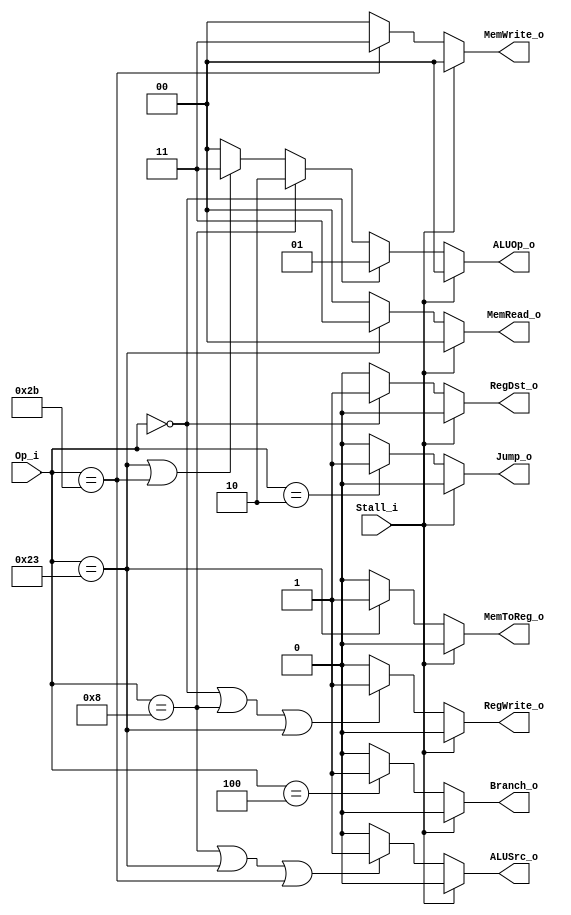
// Operation code for ALU_Control from Control Unit
`define INST_RTYPE  2'd1  // R-type
`define INST_ADDI   2'd2  // addi
`define INST_MEM    2'd3  // lw or sw         => ALU do adding
`define INST_REST   2'd0  // J-type or bubble => ALU do nothing

// Access code for data memory reading and writing from Control Unit
`define DMEM_NOAC   2'd0  // no access (NO ACcess)
`define DMEM_BYTE   2'd1  // byte access
`define DMEM_HALF   2'd2  // half word access
`define DMEM_WORD   2'd3  // word access

// Operation code for ALU_Control from Control Unit
`define OP_RTYPE	6'b000000
`define OP_ADDI		6'b001000
`define OP_LW		6'b100011
`define OP_SW		6'b101011
`define OP_BRANCH	6'b000100
`define OP_JUMP		6'b000010

module Control
(
	Op_i,
	Stall_i,
	Jump_o,
	Branch_o,
	RegWrite_o,
	MemToReg_o,
	MemRead_o,
	MemWrite_o,
	ALUOp_o,
	ALUSrc_o,
	RegDst_o
);

//Ports
input	[5:0]	Op_i;
input		Stall_i;
output		Jump_o;
output		Branch_o;
output		RegWrite_o;
output		MemToReg_o;
output	[1:0]	MemRead_o;
output	[1:0]	MemWrite_o;
output	[1:0]	ALUOp_o;
output		ALUSrc_o;
output		RegDst_o;

//if Stall, output nop(all zero)

assign Jump_o = (Stall_i == 1'b1) ? 1'b0: 
		(Op_i == `OP_JUMP) ? 1'b1 : 1'b0;

assign Branch_o = (Stall_i == 1'b1) ? 1'b0: 
		  (Op_i == `OP_BRANCH) ? 1'b1 : 1'b0;

assign RegWrite_o = (Stall_i == 1'b1) ? 1'b0: 
		    (Op_i == `OP_RTYPE || Op_i == `OP_ADDI || Op_i == `OP_LW) ? 1'b1 : 1'b0;

assign MemToReg_o = (Stall_i == 1'b1) ? 1'b0: 
		    (Op_i == `OP_LW) ? 1'b1 : 1'b0;

assign MemRead_o = (Stall_i == 1'b1) ? `DMEM_NOAC: 
		   (Op_i == `OP_LW) ? `DMEM_WORD : `DMEM_NOAC;
//there's no byte, haof-word accese instruction in this assignment.

assign MemWrite_o = (Stall_i == 1'b1) ? `DMEM_NOAC: 
		    (Op_i == `OP_SW) ? `DMEM_WORD : `DMEM_NOAC;
//there's no byte, haof-word acces instruction in this assignment.

assign ALUOp_o = (Stall_i == 1'b1) ? 2'b00: 
		 (Op_i == `OP_RTYPE) ? `INST_RTYPE :      		  // R type
				 (Op_i == `OP_ADDI)  ? `INST_ADDI :       		  // I type(addi)
				 (Op_i == `OP_LW || Op_i == `OP_SW) ? `INST_MEM : // lw, sw
				 `INST_REST;                              		  // else

assign ALUSrc_o = (Stall_i == 1'b1) ? 1'b0: 
		  (Op_i == `OP_ADDI|| Op_i == `OP_LW || Op_i == `OP_SW) ? 1'b1 : //addi, lw, sw
				  1'b0;

assign RegDst_o = (Stall_i == 1'b1) ? 1'b0: 
		  (Op_i == `OP_RTYPE) ? 1'b1 : 1'b0;



// old version
/*
assign Jump_o = (0) ? 1'b0: 
		(Op_i == `OP_JUMP) ? 1'b1 : 1'b0;

assign Branch_o = (0) ? 1'b0: 
		  (Op_i == `OP_BRANCH) ? 1'b1 : 1'b0;

assign RegWrite_o = (0) ? 1'b0: 
		    (Op_i == `OP_RTYPE || Op_i == `OP_ADDI || Op_i == `OP_LW) ? 1'b1 : 1'b0;

assign MemToReg_o = (0) ? 1'b0: 
		    (Op_i == `OP_LW) ? 1'b1 : 1'b0;

assign MemRead_o = (0) ? `DMEM_NOAC: 
		   (Op_i == `OP_LW) ? `DMEM_WORD : `DMEM_NOAC;
//there's no byte, haof-word accese instruction in this assignment.

assign MemWrite_o = (0) ? `DMEM_NOAC: 
		    (Op_i == `OP_SW) ? `DMEM_WORD : `DMEM_NOAC;
//there's no byte, haof-word acces instruction in this assignment.

assign ALUOp_o = (0) ? 2'b00: 
		 (Op_i == `OP_RTYPE) ? `INST_RTYPE :      		  // R type
				 (Op_i == `OP_ADDI)  ? `INST_ADDI :       		  // I type(addi)
				 (Op_i == `OP_LW || Op_i == `OP_SW) ? `INST_MEM : // lw, sw
				 `INST_REST;                              		  // else

assign ALUSrc_o = (0) ? 1'b0: 
		  (Op_i == `OP_ADDI|| Op_i == `OP_LW || Op_i == `OP_SW) ? 1'b1 : //addi, lw, sw
				  1'b0;

assign RegDst_o = (0) ? 1'b0: 
		  (Op_i == `OP_RTYPE) ? 1'b1 : 1'b0;
*/
endmodule